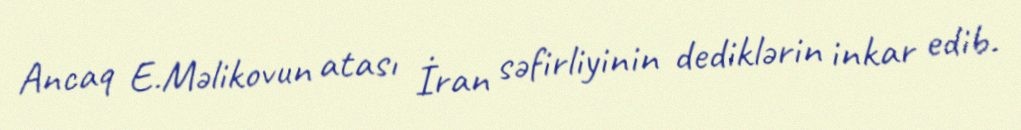
Ancaq E.Məlikovun atası İran səfirliyinin dediklərin inkar edib.